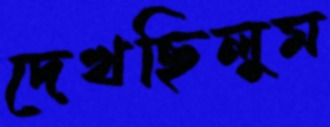
দেখছিলুম